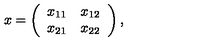
x = \left( \begin{array} { c c } { x _ { 1 1 } } & { x _ { 1 2 } } \\ { x _ { 2 1 } } & { x _ { 2 2 } } \\ \end{array} \right) ,